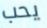
يحب